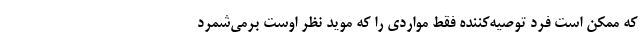
که ممکن است فرد توصیه‌کننده فقط مواردی را که موید نظر اوست برمی‌شمرد